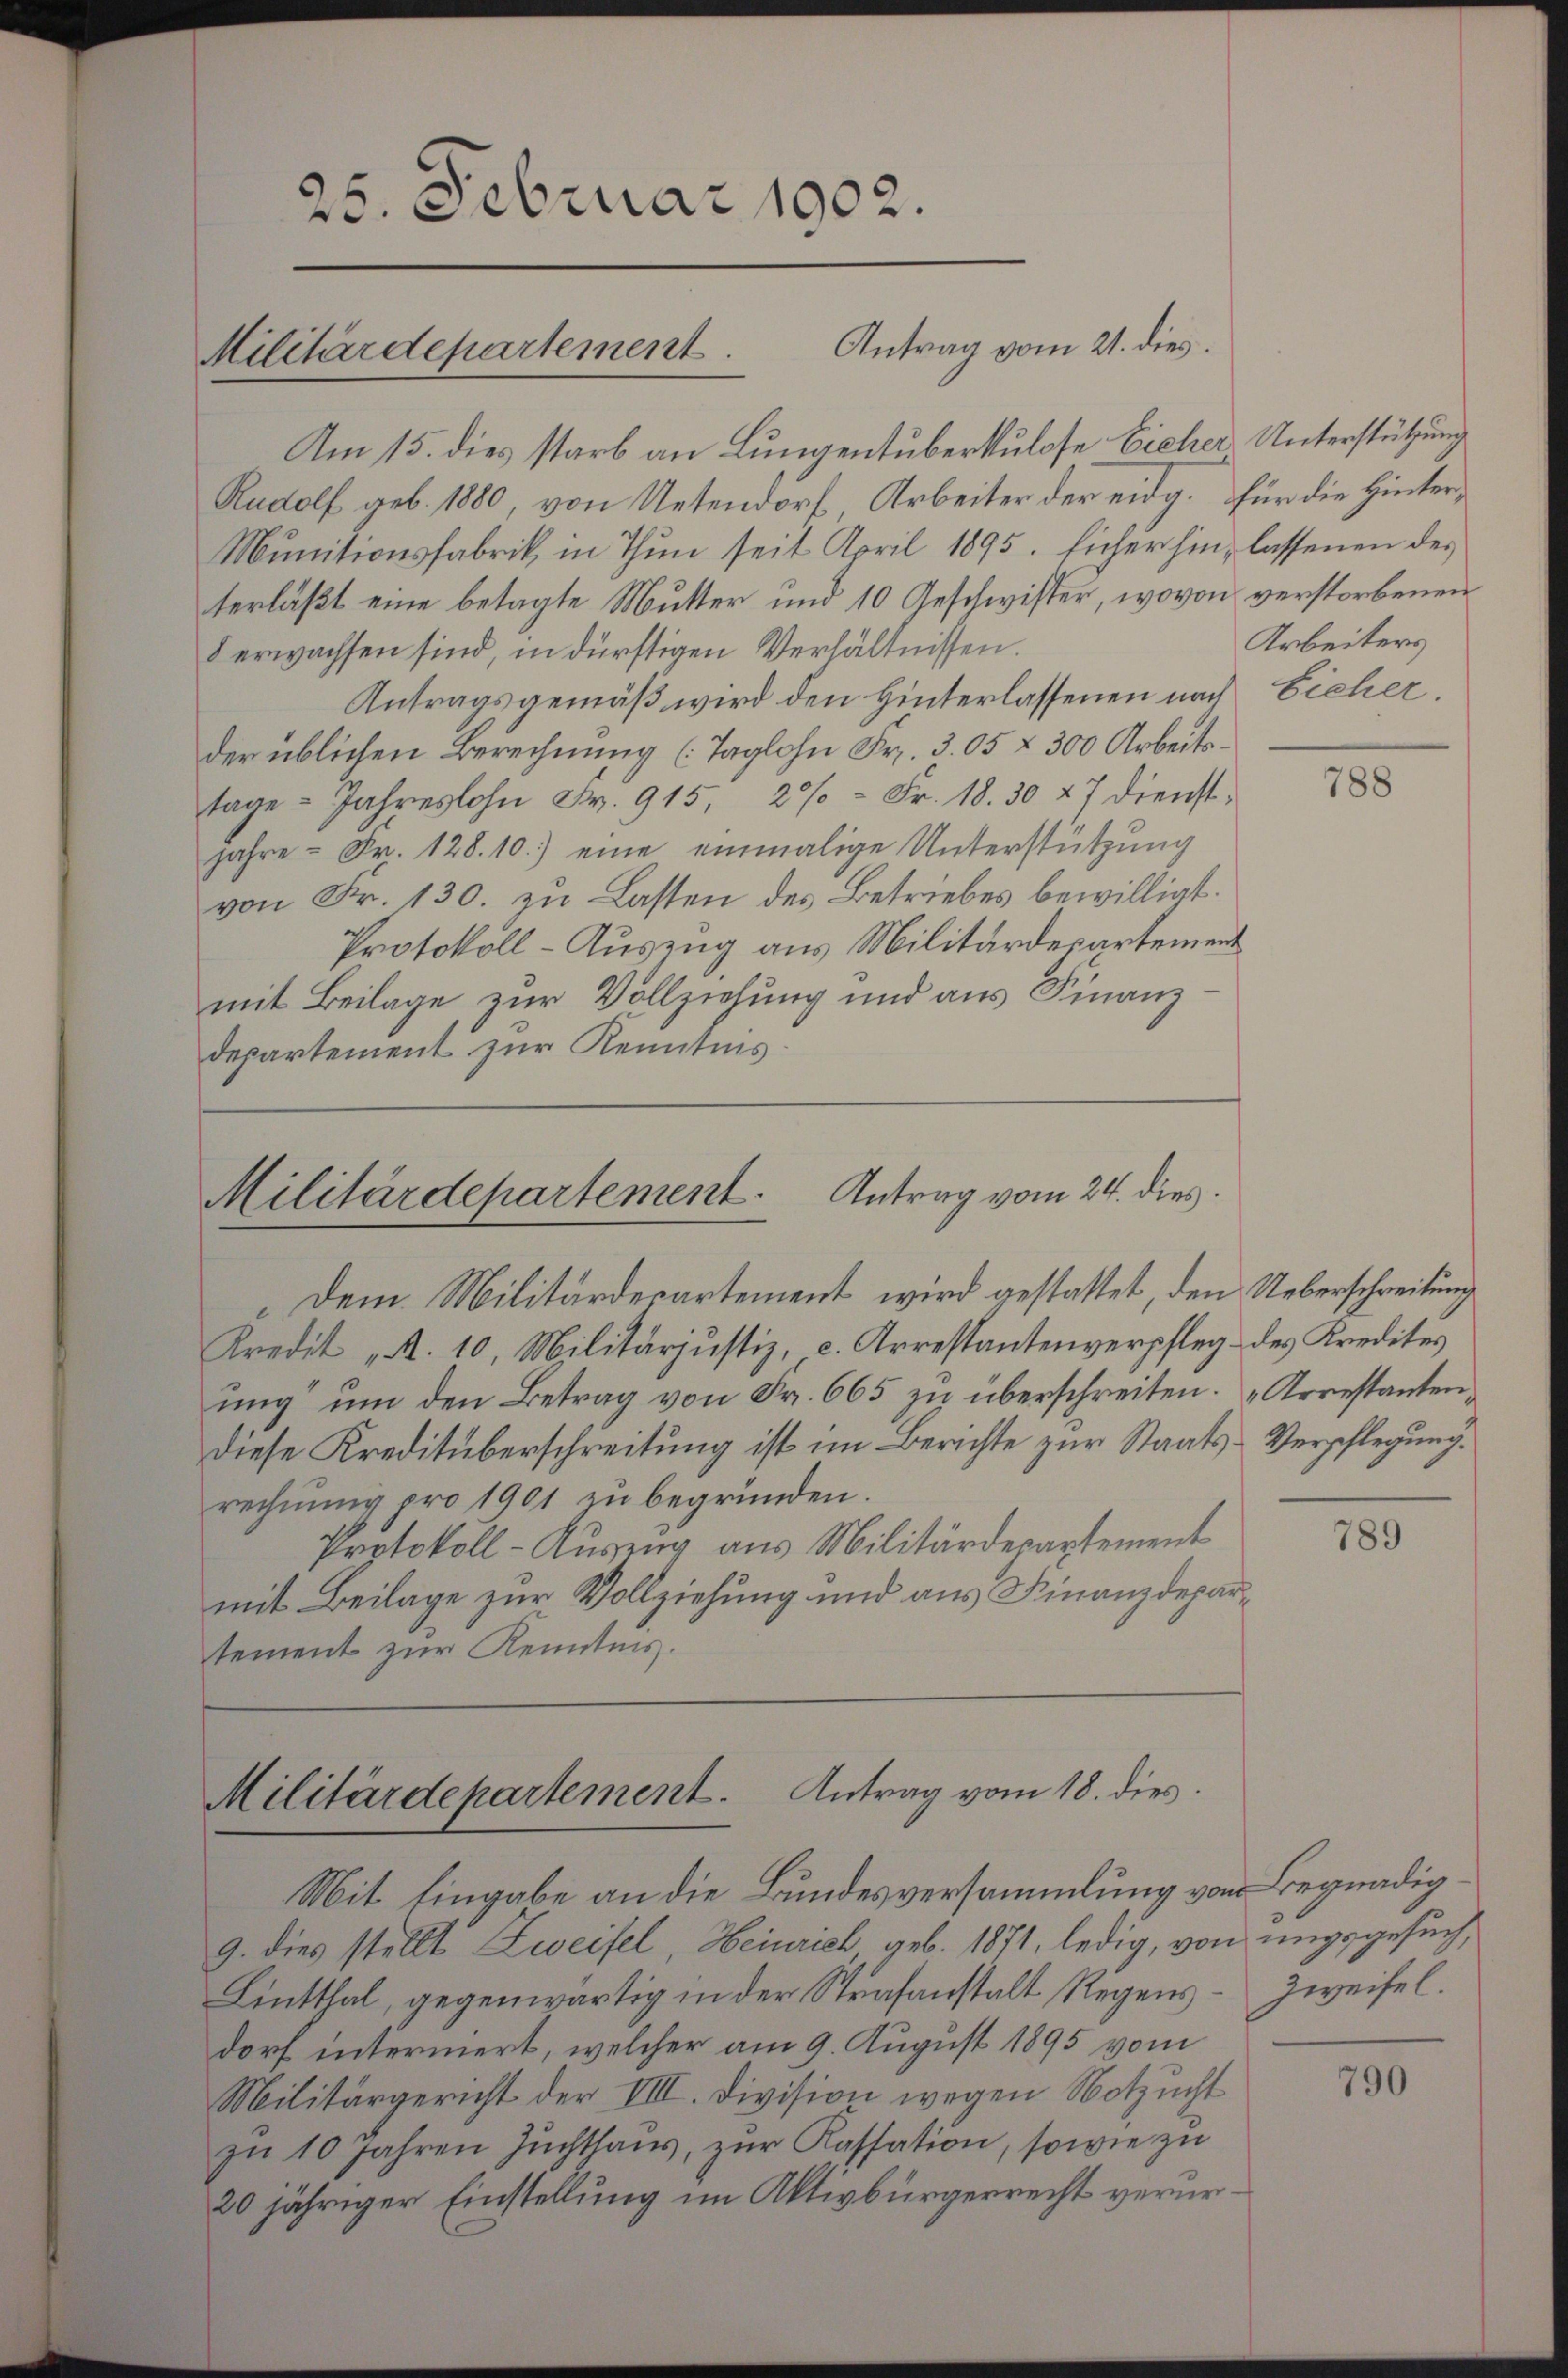
25. Februar 1902.
Militärdepartement. Antrag vom 21. dies

Am 15. dies starb an Lungentuberkulose Eicher Unterstützung
Rudolf geb. 1880, von Uetendorf Arbeiter der eidg. für die Hinter¬
Munitionsfabrik in Thun seit April 1895. Eicherhin, lassenen des
terläßt eine betagte Mutter und 10 Geschwister, wovon verstorbenen
8 erwachsen sind, in dürftigen Verhältnissen.
Antragsgemäß wird den Hinterlassenen nach Eicher.
der üblichen Berechnung (Taglohn Fr. 305 f 300 Arbeitstage Jahreslohn Fr. 915, 20% = Fr. 18. 30 27 dienstjahre - Fr. 128.10.) eine einmalige Unterstützung
von Fr. 130. zu Lasten des Betriebes bewilligt.
Protokoll-Auszug aus Militärdepartement
mit Beilage, zur Vollziehung und aus Finanz
departement zur Kenntnis

Militärdepartement. Antrag vom 24. dies
Dem Militärdepartement wird gestattet, den Ueberschreitung

Militärdepartement. Antrag vom 18. dies

Arbeiters

Kredit „A. 10, Militärjustiz, c. Arrestantenverpfleg des Kredites
ung um den Betrag von Fr. 665 zu überschreiten. „Arrestanten,
diese Kreditüberschreitung ist im Berichte zur Staats-Verpflegung.
rechnŭng pro 1901 zu begründen.
Protokoll-Auszug aus Militärdepartement
mit Beilage zur Vollziehung und aus Finanzdepartement zur Kenntnis.

Mit Eingabe an die Bundesversammlung von Begnadig
9. dies stellt Zweifel, Heinrich geb. 1871, ledig, von ungsgesuch,
Lintthal, gegenwärtig in der Strafanstalt Regens- Zweifel.
dorf intermert, welcher am 9. August 1895 vom
Militärgericht der VIII. Division wegen Notzucht
zŭ 10 Jahren Zŭchthaŭs zŭr Kassation, sowie zu
20 jähriger Einstellung im Aktivbürgerrecht verur¬

788

789

790